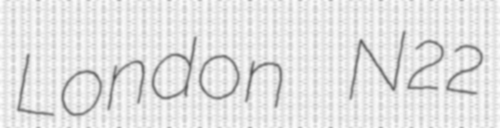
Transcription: London N22